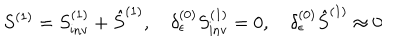
S ^ { ( 1 ) } = S _ { \mathrm { i n v } } ^ { ( 1 ) } + \hat { S } ^ { ( 1 ) } , \quad \delta _ { \epsilon } ^ { ( 0 ) } S _ { \mathrm { i n v } } ^ { ( 1 ) } = 0 , \quad \delta _ { \epsilon } ^ { ( 0 ) } \hat { S } ^ { ( 1 ) } \approx 0